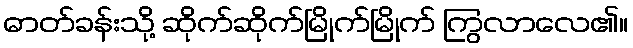
ဓာတ်ခန်းသို့ ဆိုက်ဆိုက်မြိုက်မြိုက် ကြွလာလေ၏။